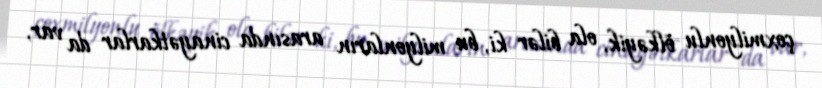
çoxmilyonlu ölkəyik, ola bilər ki, bu milyonların arasında cinayətkarlar da var,